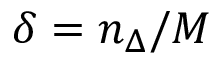
\delta = { n _ { \Delta } } / { M }